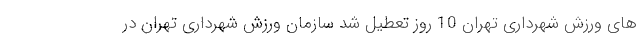
های ورزش شهرداری تهران 10 روز تعطیل شد سازمان ورزش شهرداری تهران در